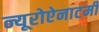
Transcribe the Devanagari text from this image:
न्यूरोऐनाटमी